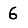
Digit: 6